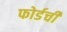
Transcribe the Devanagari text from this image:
फोर्डची